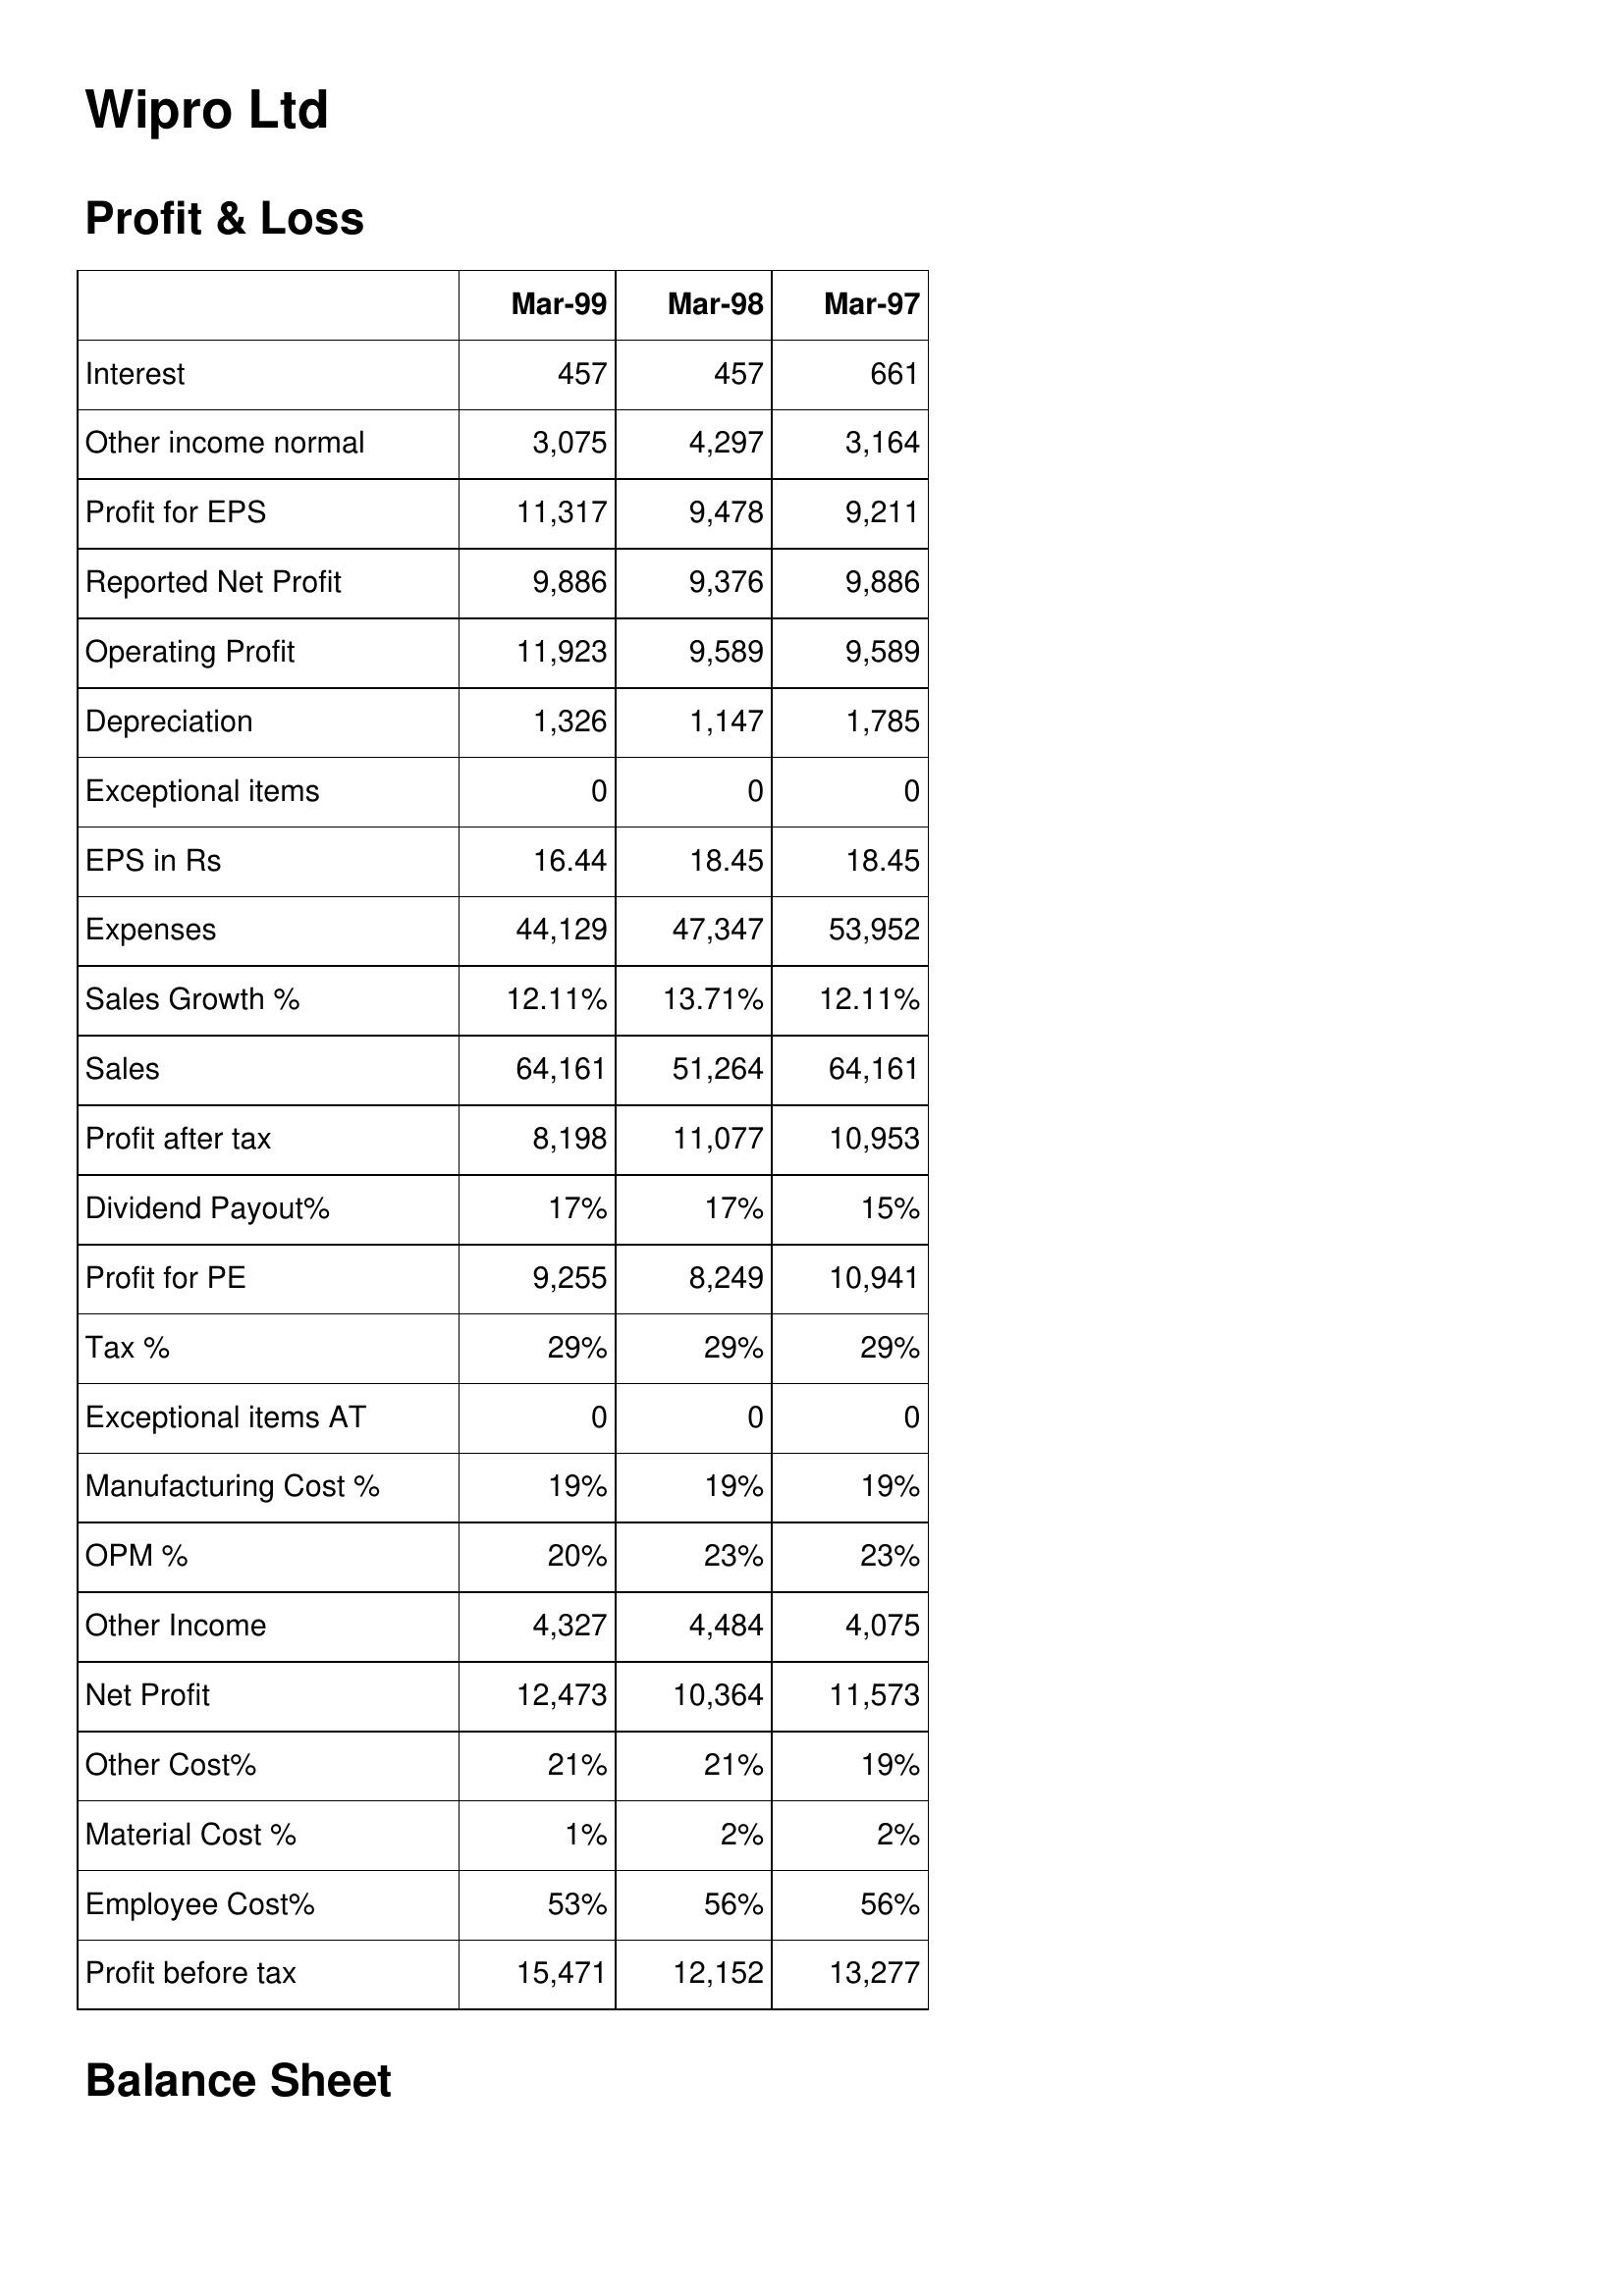
Mar-99: Profit & Loss: Interest: 457
Other income normal: 3,075
Profit for EPS: 11,317
Reported Net Profit: 9,886
Operating Profit: 11,923
Depreciation: 1,326
Exceptional items: 0
EPS in Rs: 16.44
Expenses: 44,129
Sales Growth %: 12.11%
Sales: 64,161
Profit after tax: 8,198
Dividend Payout%: 17%
Profit for PE: 9,255
Tax %: 29%
Exceptional items AT: 0
Manufacturing Cost %: 19%
OPM %: 20%
Other Income: 4,327
Net Profit: 12,473
Other Cost%: 21%
Material Cost %: 1%
Employee Cost%: 53%
Profit before tax: 15,471
Mar-98: Profit & Loss: Interest: 457
Other income normal: 4,297
Profit for EPS: 9,478
Reported Net Profit: 9,376
Operating Profit: 9,589
Depreciation: 1,147
Exceptional items: 0
EPS in Rs: 18.45
Expenses: 47,347
Sales Growth %: 13.71%
Sales: 51,264
Profit after tax: 11,077
Dividend Payout%: 17%
Profit for PE: 8,249
Tax %: 29%
Exceptional items AT: 0
Manufacturing Cost %: 19%
OPM %: 23%
Other Income: 4,484
Net Profit: 10,364
Other Cost%: 21%
Material Cost %: 2%
Employee Cost%: 56%
Profit before tax: 12,152
Mar-97: Profit & Loss: Interest: 661
Other income normal: 3,164
Profit for EPS: 9,211
Reported Net Profit: 9,886
Operating Profit: 9,589
Depreciation: 1,785
Exceptional items: 0
EPS in Rs: 18.45
Expenses: 53,952
Sales Growth %: 12.11%
Sales: 64,161
Profit after tax: 10,953
Dividend Payout%: 15%
Profit for PE: 10,941
Tax %: 29%
Exceptional items AT: 0
Manufacturing Cost %: 19%
OPM %: 23%
Other Income: 4,075
Net Profit: 11,573
Other Cost%: 19%
Material Cost %: 2%
Employee Cost%: 56%
Profit before tax: 13,277